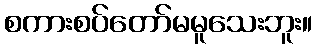
စကားစပ်တော်မမူသေးဘူး။